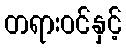
တရားဝင်နှင့်